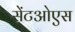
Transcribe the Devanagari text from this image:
सेंटओएस